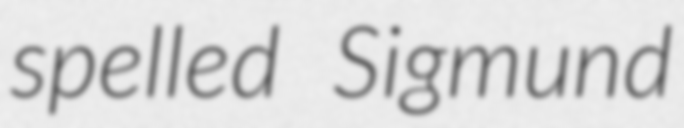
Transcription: spelled Sigmund